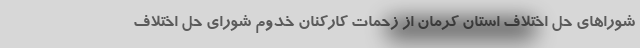
شوراهای حل اختلاف استان کرمان از زحمات کارکنان خدوم شورای حل اختلاف